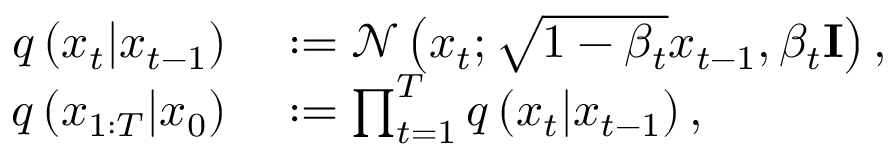
\begin{array} { r l } { q \left( x _ { t } | x _ { t - 1 } \right) } & { { } : = \mathcal { N } \left( x _ { t } ; \sqrt { 1 - \beta _ { t } } x _ { t - 1 } , \beta _ { t } \mathbf { I } \right) , } \\ { q \left( x _ { 1 : T } | x _ { 0 } \right) } & { { } : = \prod _ { t = 1 } ^ { T } q \left( x _ { t } | x _ { t - 1 } \right) , } \end{array}